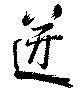
迸